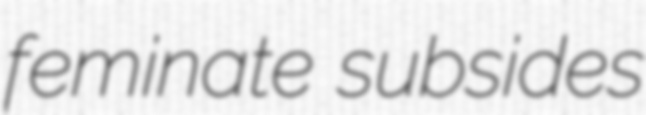
feminate subsides